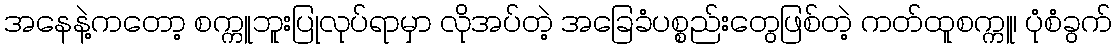
အနေနဲ့ကတော့ စက္ကူဘူးပြုလုပ်ရာမှာ လိုအပ်တဲ့ အခြေခံပစ္စည်းတွေဖြစ်တဲ့ ကတ်ထူစက္ကူ၊ ပုံစံခွက်